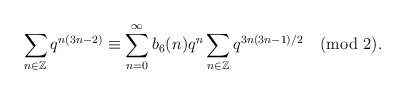
\begin{align*}\sum_{n\in \mathbb{Z}}^{}q^{n(3n-2)}\equiv\sum_{n=0}^{\infty}b_6(n)q^{n}\sum_{n\in \mathbb{Z}}q^{3n(3n-1)/2}\pmod{2}.\end{align*}